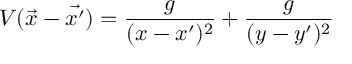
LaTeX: V ( \vec { x } - \vec { x ^ { \prime } } ) = \frac { g } { ( x - x ^ { \prime } ) ^ { 2 } } + \frac { g } { ( y - y ^ { \prime } ) ^ { 2 } }